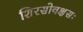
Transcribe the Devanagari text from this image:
शिरसोवक्षसः